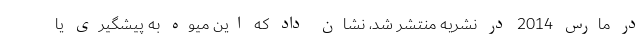
در مارس 2014 در نشریه منتشر شد، نشان داد که این میوه به پیشگیری یا